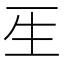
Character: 𤯔